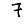
Digit: 7